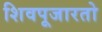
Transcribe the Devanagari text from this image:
शिवपूजारतो